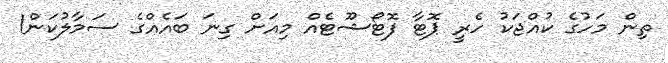
ތިން މަހުގެ ކުއްޖަކު ހެރީ ޕޮޓާ ފޮޓޯޝޫޓެއް މިއަށް ގިނަ ބައެއްގެ ސަމާލުކަން1